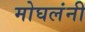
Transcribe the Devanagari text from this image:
मोघलंनी